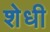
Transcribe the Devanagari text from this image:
शेधी